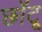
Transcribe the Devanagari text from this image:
छॉटू